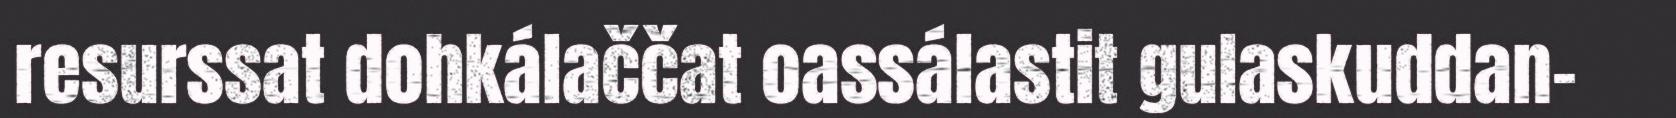
resurssat dohkálaččat oassálastit gulaskuddan-